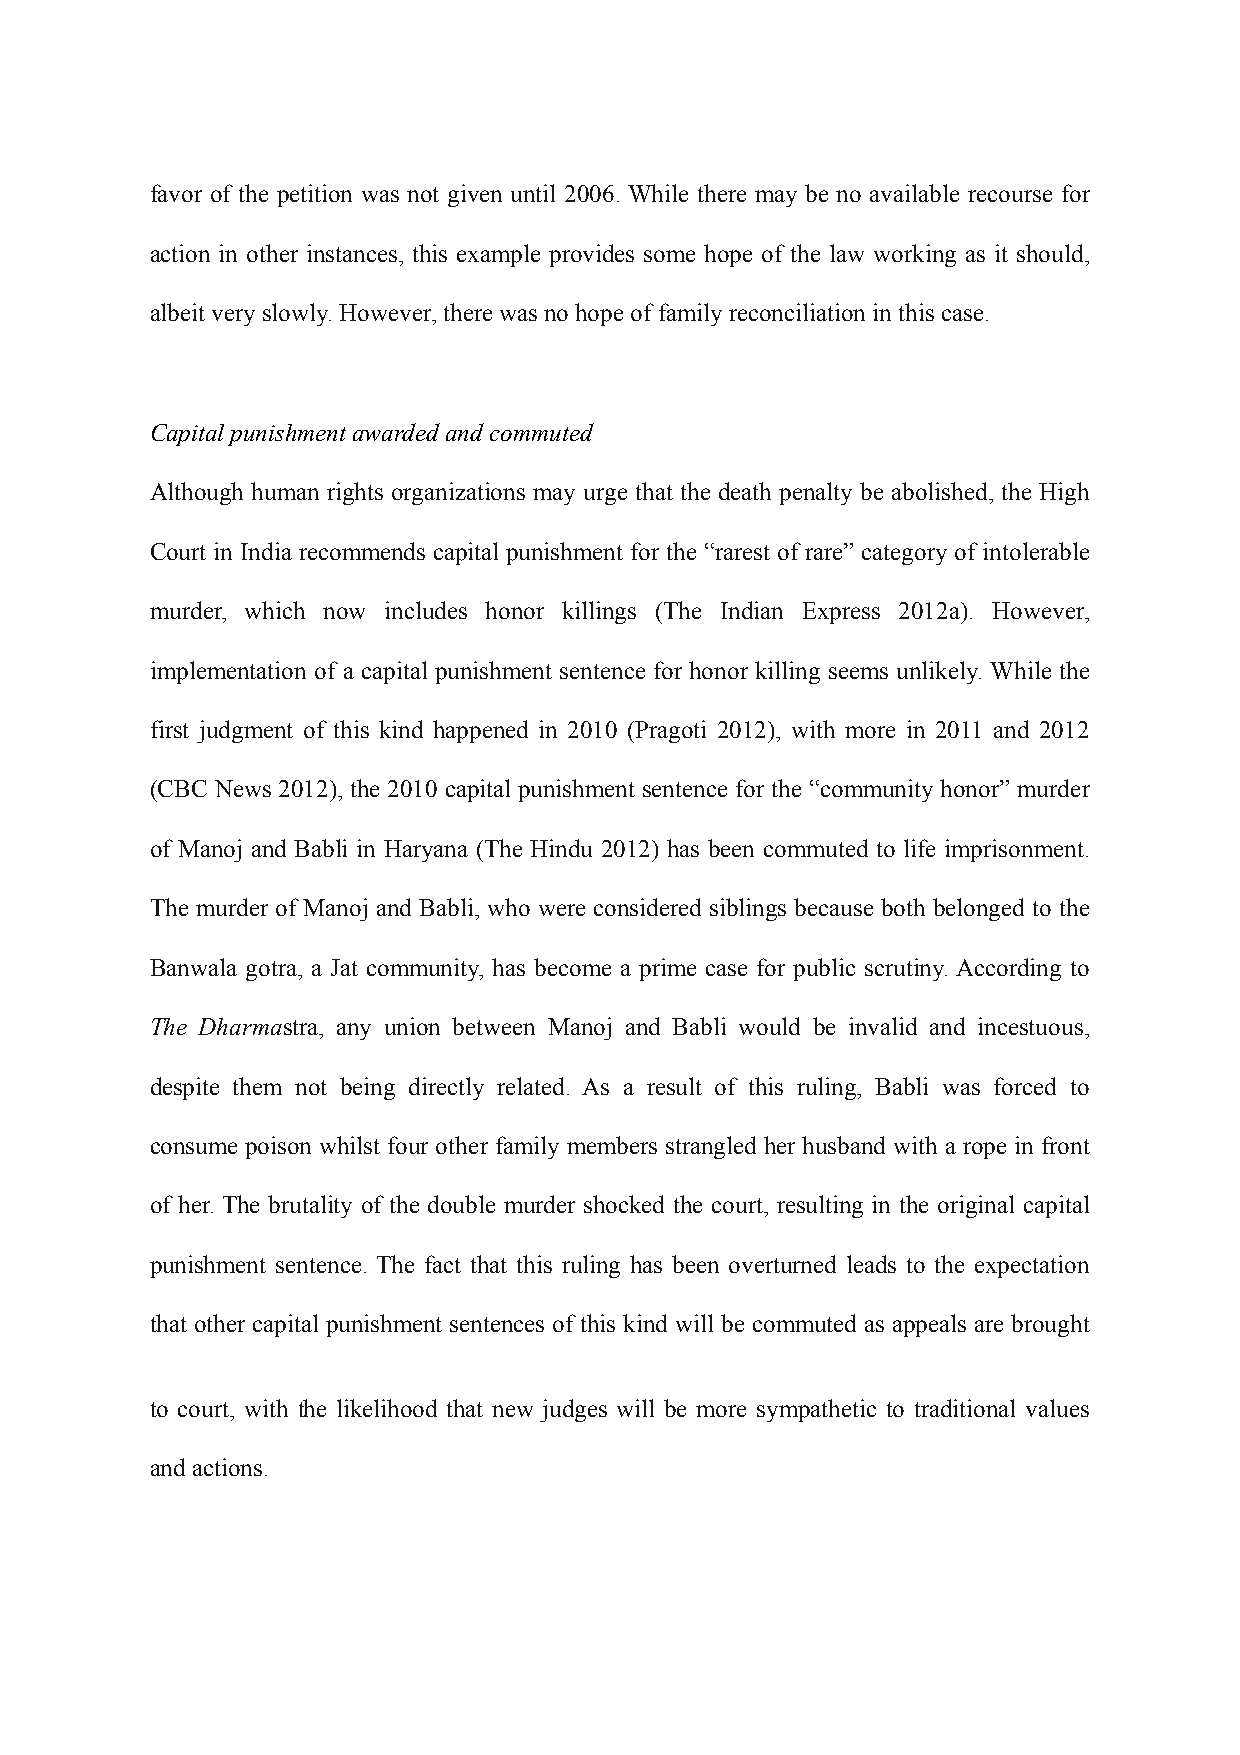
favor of the petition was not given until 2006. While there may be no available recourse for
 action in other instances, this example provides some hope of the law working as it should,
 albeit very slowly. However, there was no hope of family reconciliation in this case.
 Capital punishment awarded and commuted
 Although human rights organizations may urge that the death penalty be abolished, the High
 Court in India recommends capital punishment for the “rarest of rare” category of intolerable
 murder, which now includes honor killings (The Indian Express 2012a). However,
 implementation of a capital punishment sentence for honor killing seems unlikely. While the
 first judgment of this kind happened in 2010 (Pragoti 2012), with more in 2011 and 2012
 (CBC News 2012), the 2010 capital punishment sentence for the “community honor” murder
 of Manoj and Babli in Haryana (The Hindu 2012) has been commuted to life imprisonment.
 The murder of Manoj and Babli, who were considered siblings because both belonged to the
 Banwala gotra, a Jat community, has become a prime case for public scrutiny. According to
 The Dharmastra, any union between Manoj and Babli would be invalid and incestuous,
 despite them not being directly related. As a result of this ruling, Babli was forced to
 consume poison whilst four other family members strangled her husband with a rope in front
 of her. The brutality of the double murder shocked the court, resulting in the original capital
 punishment sentence. The fact that this ruling has been overturned leads to the expectation
 that other capital punishment sentences of this kind will be commuted as appeals are brought
 to court, with the likelihood that new judges will be more sympathetic to traditional values
 and actions.